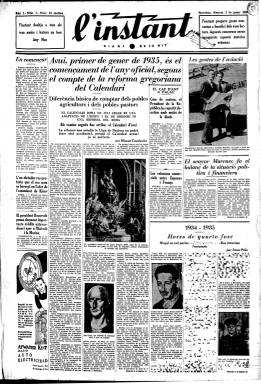
Título: L'Instant (Barcelona. 1935)
Colección: Periódicos
Ámbito geográfico: Barcelona
Lugar de publicación: Barcelona
Fechas: 01/01/1935-30/09/1936

Falta digitalizar desde el 21/12/1935 hasta el 10/05/1936.

Este periódico editado en Barcelona y escrito en catalán llevaba por subtítulo ‘Diari de la Nit’ y era continuación de otra publicación vespertina, ‘La Veu del Vespre’. Se trataba de un diario cercano a la formación política de La Lliga Catalana y a su líder Francesc Cambó que incorporó una fórmula innovadora en el periodismo aunando prensa escrita y radiada, pues había artículos que era difundidos a la vez por radio, además de que dedicaba una página a informar de los programas radiofónicos.

  El periódico se prolongó por dos años, desde enero de 1935 hasta diciembre de 1936, cuando desapareció. Tras el golpe de Estado y el inicio de la Guerra Civil en julio de ese año el diario fue confiscado por el sindicato CNT. La colección de la Biblioteca Nacional solo llega hasta septiembre de 1936.

  Pese a ser un periódico de partido, L’Instant se volcó por dar más relieve a la información que al contenido ideológico. Dio importancia a los reportajes de actualidad, a la información teatral, de deporte y de entretenimiento y buscó atraer al público femenino con artículos sobre moda y hogar.

  Por este motivo fue un periódico que obtuvo un gran éxito en sus primeros meses de vida, a lo que contribuyó el hecho de que se dedicara también mucho espacio a la información gráfica, con abundantes fotografías.

  El diario contó generalmente con 8 páginas, que fueron menguando al inicio de la guerra hasta llegar a publicar solo 2. La última página era la dedicada a la información radiofónica, con los programas de Radio Asociación de Cataluña, entidad con la que colaboraba el periódico. Se destacaban los contenidos especiales que eran retransmitidos, como conciertos y partidos de fútbol, y se informaba también de la programación de emisoras extranjeras.

   No se sabe muy bien quién fue su director antes de ser confiscado. Unas fuentes apuntan a Ignacio Agustí y otras señalan a Ramón de Abadal como director en la sombra. Parece ser que era habitual en la época contar con un falso director que apareciera públicamente por si el diario era sancionado e incluso por si su cabeza visible tenía que ir a la cárcel.

  En el número del 29 de agosto de 1936 es cuando se informó en portada que el periódico había cambiado de manos y ya no pertenecía a la ‘esquerra burguesa’, sino que había pasado a ser dirigido y administrado por un ‘comitè d’obrers’. Era todo un síntoma de que la guerra iba para largo.

[Descripción publicada el 17/08/2022]